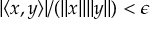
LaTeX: | \langle x , y \rangle | / ( \| x \| \| y \| ) < \epsilon